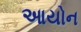
આયોન